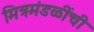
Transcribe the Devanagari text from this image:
मित्रमंडळींची